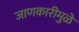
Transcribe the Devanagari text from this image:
जाणकारीमुळे